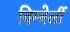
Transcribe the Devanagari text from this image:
विम्बेर्ली